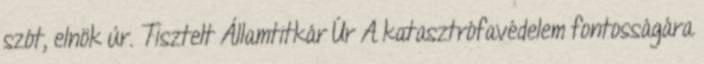
szót, elnök úr. Tisztelt Államtitkár Úr A katasztrófavédelem fontosságára